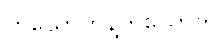
တယောက်နဲ့တယောက်